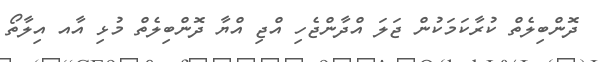
ދޮންބިލެތް ކުރާކަމަކުން ޖަލަ އްދާންޖެހި އްޖި އްޔާ ދޮންބިލެތް މުޅި އާއ އިލާތޯ